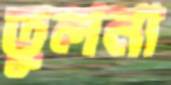
তুলনা